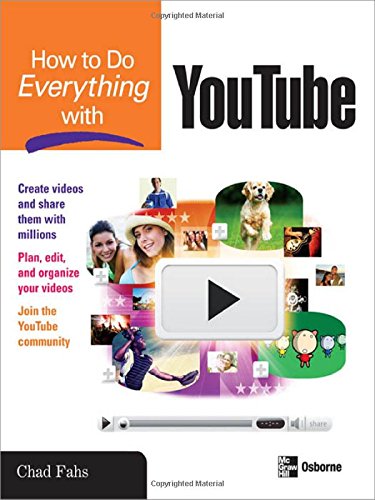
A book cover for How to Do Everything with YouTube; Chad Fahs; Computers & Technology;